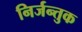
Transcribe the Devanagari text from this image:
निर्जन्तुक